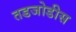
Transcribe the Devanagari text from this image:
तडजोडीस